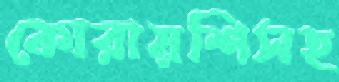
কোরায়শিসহ